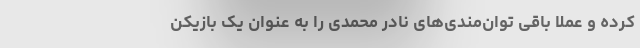
کرده و عملاً باقی توان‌مندی‌های نادر محمدی را به عنوان یک بازیکن